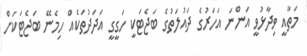
މަތާއީ ވިދާޅުވީ އަންނަ އަހަރުގެ ދައުލަތުގެ ބަޖެޓަކީ ހަގީގީ އަދަދުތަކެއް ހިމެނޭ ބަޖެޓަކަށް